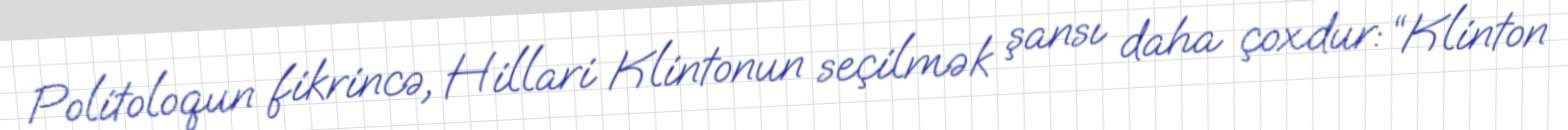
Politoloqun fikrincə, Hillari Klintonun seçilmək şansı daha çoxdur: “Klinton